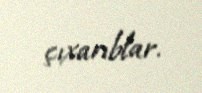
çıxarıblar.